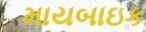
માયબાઇક